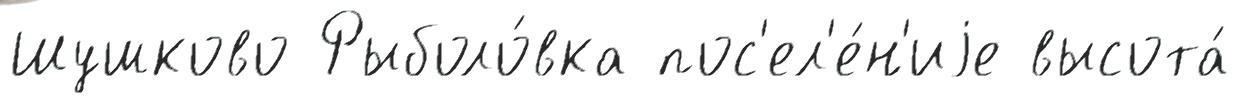
Шушково Рыболо́вка пос'ел'е́н'иjе высота́